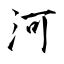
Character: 河